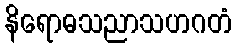
နိရောဓသညာသဟဂတံ